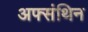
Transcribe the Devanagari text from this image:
अफ्संथिन